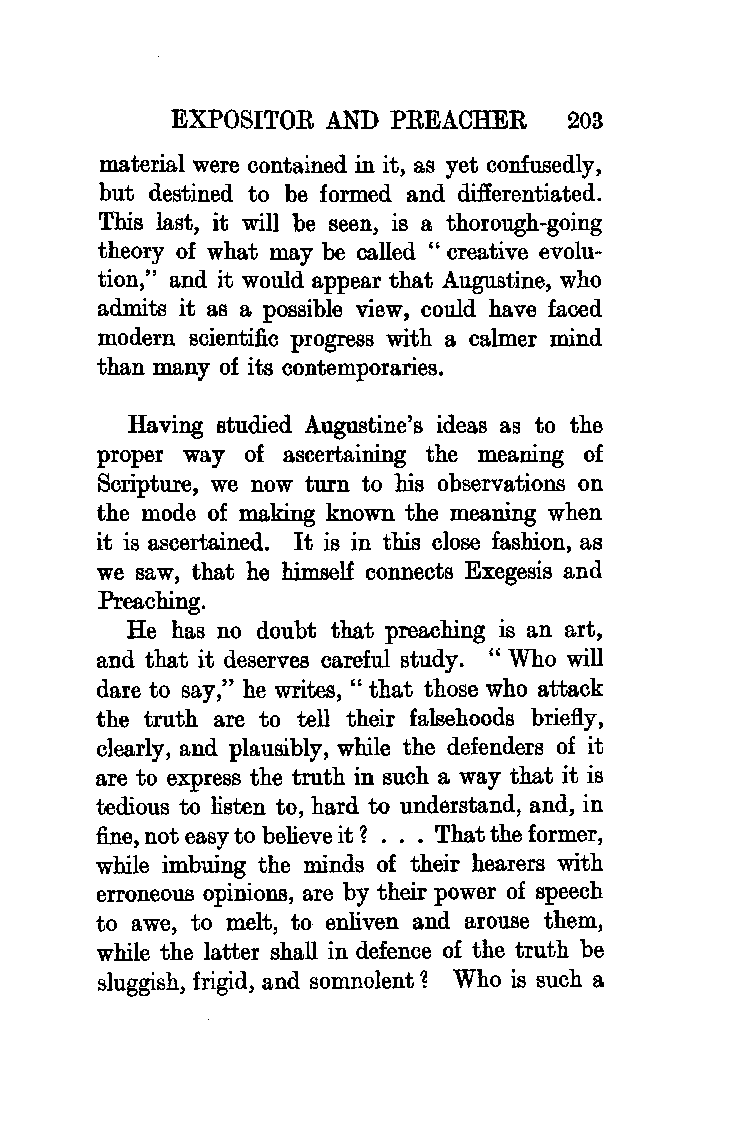
EXPOSITOR  AND PREACHER    203
 material were contained in it, as yet confusedly,
 but destined to be formed and differentiated.
 This last, it will be seen, is a thorough-going
 theory of what may be called " creative evolu
 tion," and it would appear that Augustine, who
 admits it as a possible view, could have faced
 modern scientific progress with a calmer mind
 than many of its contemporaries.
 Having studied Augustine's ideas as to the
 proper way of ascertaining the meaning of
 Scripture, we now turn to his observations on
 the mode of making known the meaning when
 it is ascertained. It is in this close fashion, as
 we saw, that he himself connects Exegesis and
 Preaching.
 He has no doubt that preaching is an art,
 and that it deserves careful study. "Who will
 dare to say," he writes, " that those who attack
 the truth are to tell their falsehoods briefly,
 clearly, and plausibly, while the defenders of it
 are to express the truth in such a way that it is
 tedious to listen to, hard to understand, and, in
 fine, not easy to believe it 1 .•• That the former,
 while imbuing the minds of their hearers with
 erroneous opinions, are by their power of speech
 to awe, to melt, to enliven and arouse them,
 while the latter shall in defence of the truth be
 sluggish, frigid, and somnolent 1 Who is such a